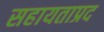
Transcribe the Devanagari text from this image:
सहायताप्रद